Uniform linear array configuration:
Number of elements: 64
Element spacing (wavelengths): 0.5
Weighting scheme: uniform
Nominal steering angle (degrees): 60
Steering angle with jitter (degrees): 61.858
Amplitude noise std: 0.05
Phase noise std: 0.05

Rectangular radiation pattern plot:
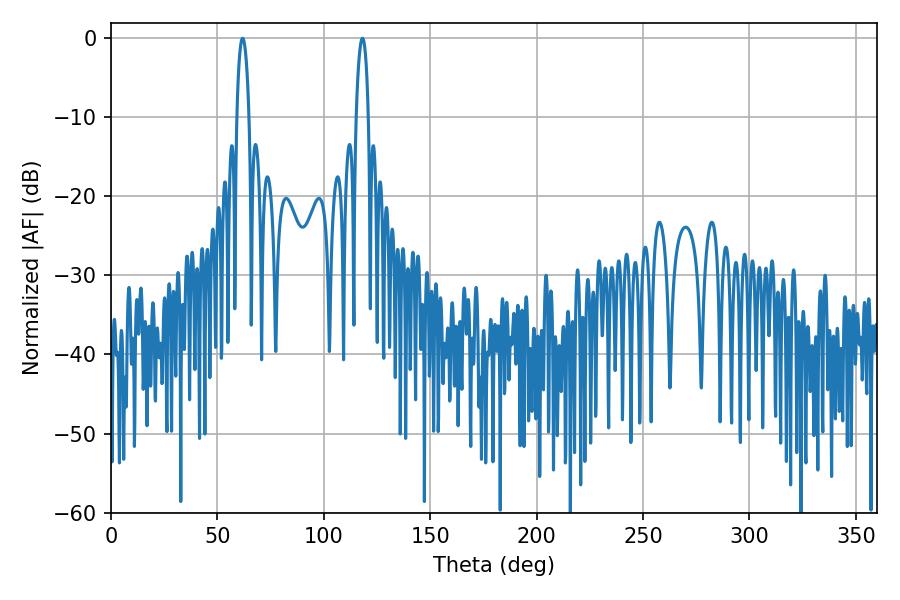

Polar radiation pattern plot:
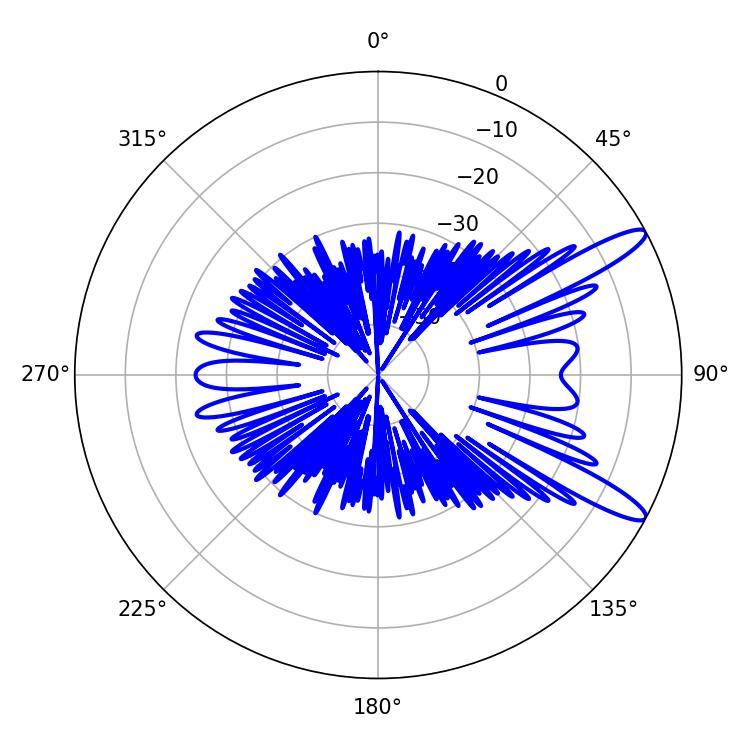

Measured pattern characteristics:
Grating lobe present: FALSE
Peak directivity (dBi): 12.355
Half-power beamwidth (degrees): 3.24
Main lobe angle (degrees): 61.92